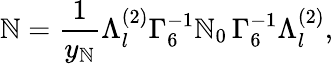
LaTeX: {\cal\mathbb{N}}=\frac{{1}}{{y_{\mathbb{N}}}}\Lambda_{l}^{(2)}\Gamma_{6}^{-1}{\cal\mathbb{N}}_{0}\, \Gamma_{6}^{-1}\Lambda_{l}^{(2)},